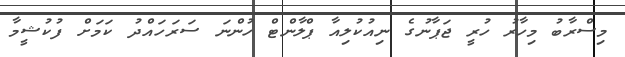
މިސްރާބު މިހާރު ހުރީ ޖަޕާނުގެ ނިއުކުލިއާ ޕްލާންޓް ހުންނަ ސަރަހައްދު ކަމަށް ފުކުޝީމާ